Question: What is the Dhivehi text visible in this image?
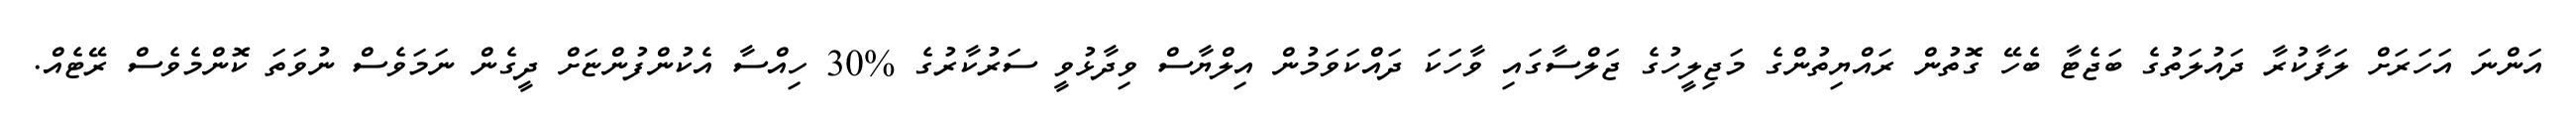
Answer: އަންނަ އަހަރަށް ލަފާކުރާ ދައުލަތުގެ ބަޖެޓާ ބެހޭ ގޮތުން ރައްޔިތުންގެ މަޖިލީހުގެ ޖަލްސާގައި ވާހަކަ ދައްކަވަމުން އިލްޔާސް ވިދާޅުވީ ސަރުކާރުގެ %30 ހިއްސާ އެކުންފުންޏަށް ދީގެން ނަމަވެސް ނުވަތަ ކޮންމެވެސް ރޭޓެއް.